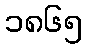
၁၈၆၅